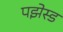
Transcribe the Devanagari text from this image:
पझेस्ड